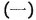
(一)